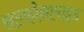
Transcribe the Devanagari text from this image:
सल्‍फ़ोनामाइड